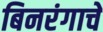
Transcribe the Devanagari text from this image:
बिनरंगाचे